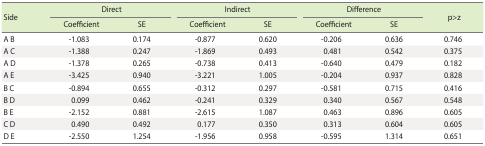
<table><thead><tr><td rowspan="2"><b>Side</b></td><td colspan="2"><b>Direct</b></td><td colspan="2"><b>Indirect</b></td><td colspan="2"><b>Difference</b></td><td rowspan="2"><b>p&gt;z</b></td></tr><tr><td><b>Coefficient</b></td><td><b>SE</b></td><td><b>Coefficient</b></td><td><b>SE</b></td><td><b>Coefficient</b></td><td><b>SE</b></td></tr></thead><tbody><tr><td>A B</td><td>-1.083</td><td>0.174</td><td>-0.877</td><td>0.620</td><td>-0.206</td><td>0.636</td><td>0.746</td></tr><tr><td>A C</td><td>-1.388</td><td>0.247</td><td>-1.869</td><td>0.493</td><td>0.481</td><td>0.542</td><td>0.375</td></tr><tr><td>A D</td><td>-1.378</td><td>0.265</td><td>-0.738</td><td>0.413</td><td>-0.640</td><td>0.479</td><td>0.182</td></tr><tr><td>A E</td><td>-3.425</td><td>0.940</td><td>-3.221</td><td>1.005</td><td>-0.204</td><td>0.937</td><td>0.828</td></tr><tr><td>B C</td><td>-0.894</td><td>0.655</td><td>-0.312</td><td>0.297</td><td>-0.581</td><td>0.715</td><td>0.416</td></tr><tr><td>B D</td><td>0.099</td><td>0.462</td><td>-0.241</td><td>0.329</td><td>0.340</td><td>0.567</td><td>0.548</td></tr><tr><td>B E</td><td>-2.152</td><td>0.881</td><td>-2.615</td><td>1.087</td><td>0.463</td><td>0.896</td><td>0.605</td></tr><tr><td>C D</td><td>0.490</td><td>0.492</td><td>0.177</td><td>0.350</td><td>0.313</td><td>0.604</td><td>0.605</td></tr><tr><td>D E</td><td>-2.550</td><td>1.254</td><td>-1.956</td><td>0.958</td><td>-0.595</td><td>1.314</td><td>0.651</td></tr></tbody></table>